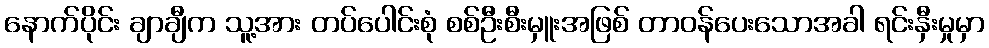
နောက်ပိုင်း ချာချီက သူ့အား တပ်ပေါင်းစုံ စစ်ဦးစီးမှူးအဖြစ် တာဝန်ပေးသောအခါ ရင်းနှီးမှုမှာ